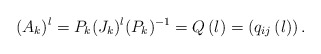
\begin{align*}(A_k)^{l}=P_k(J_k)^{l}(P_k)^{-1}=Q\left( l\right) =\left( q_{ij}\left(l\right) \right) . \end{align*}